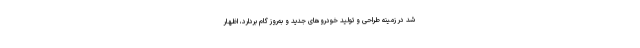
شد در زمینه طراحی و تولید خودروهای جدید و به‌روز گام بردارد، اظهار